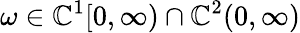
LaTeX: \omega\in\mathbb{C}^{1}[0,\infty)\cap\mathbb{C}^{2}(0,\infty)